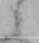
ニ